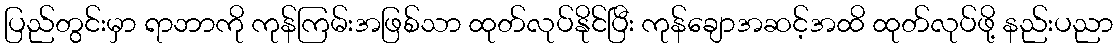
ပြည်တွင်းမှာ ရာဘာကို ကုန်ကြမ်းအဖြစ်သာ ထုတ်လုပ်နိုင်ပြီး ကုန်ချောအဆင့်အထိ ထုတ်လုပ်ဖို့ နည်းပညာ